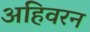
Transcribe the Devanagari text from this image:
अहिवरन